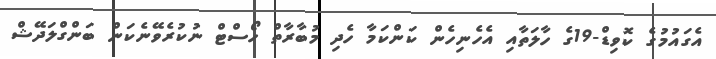
އެގައުމުގެ ކޮވިޑް-19ގެ ހާލަތާއި އެހެނިހެން ކަންކަމާ ހެދި މުބާރާތް ހޯސްޓް ނުކުރެވޭނެކަން ބަންގްލަދޭޝް